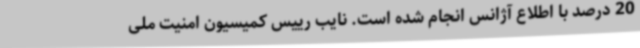
20 درصد با اطلاع آژانس انجام شده است. نایب رییس کمیسیون امنیت ملی